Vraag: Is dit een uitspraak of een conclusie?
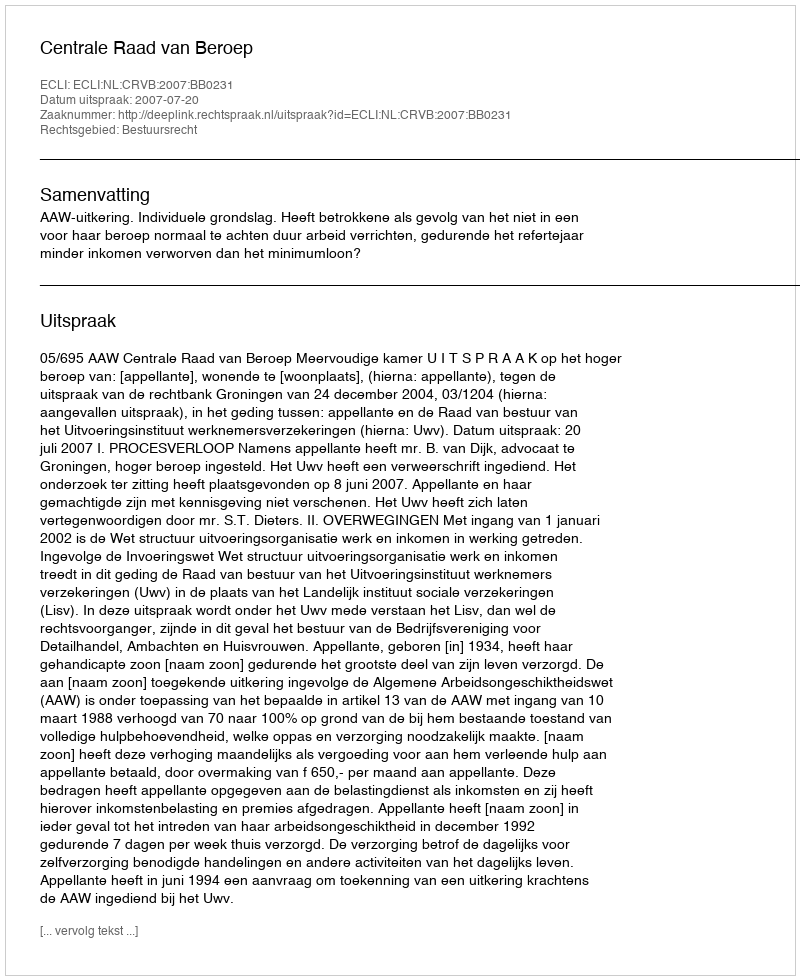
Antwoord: Uitspraak